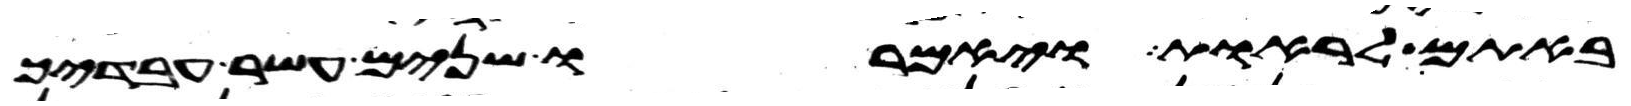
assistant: באתם לראות ויאמרו שנים עשר עבדיך